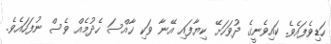
ހަޑިވެފައެވެ. ކައިވެނީގެ ދުވަހަށޭ ކިޔާފައި އޭނާ ވަކި ޚާއްސަ ހެދުމެއް ވެސް ނުފަހައެވެ.